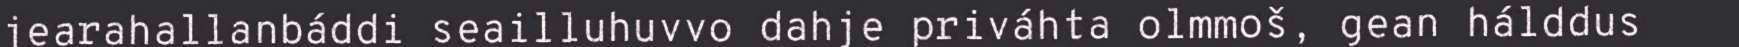
jearahallanbáddi seailluhuvvo dahje priváhta olmmoš, gean hálddus